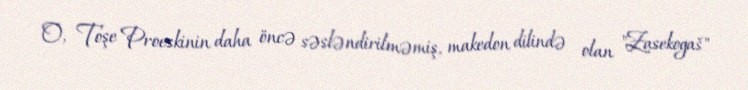
O, Toşe Proeskinin daha öncə səsləndirilməmiş, makedon dilində olan "Zasekogaš"